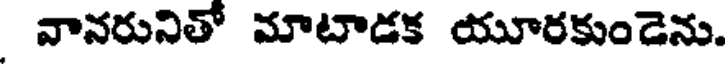
వానరునితో మాటాడక యూరకుండెను.